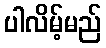
ပါလိမ့်မည်